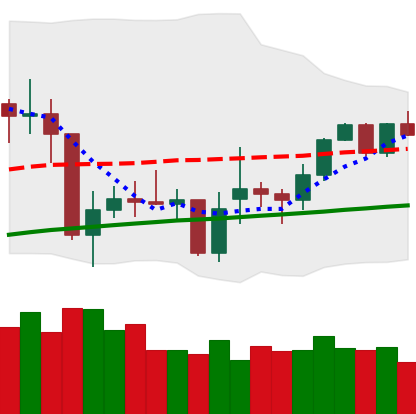
Ticker: XMR-USD
Chart end date: 2021-02-06
Forward return: 24.76%
Label: up_7plus